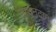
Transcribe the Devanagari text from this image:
डाउनटान